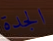
الجدة